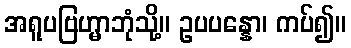
အရူပဗြဟ္မာဘုံသို့။ ဥပပန္နော၊ ကပ်၍။